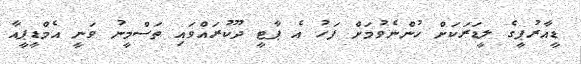
ޑީއާރުޕީގެ ލީޑަރަކަށް ހުންނެވުމަށް ފަހު އެ ޕާޓީ ދޫކުރައްވައި ތަސްމީނު ވަނީ އެމްޑީޕީއާ